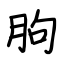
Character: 朐